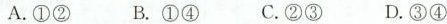
A.①② B.①④ C.②③ D.③④